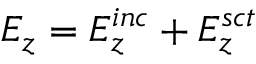
E _ { z } = E _ { z } ^ { i n c } + E _ { z } ^ { s c t }